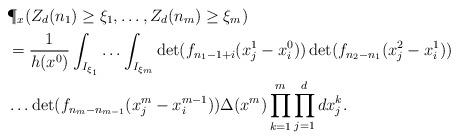
LaTeX: \begin{align*}& \P_x(Z_d(n_1) \geq \xi_1, \ldots, Z_d(n_m) \geq \xi_m) \\& = \frac{1}{h(x^0)}\int_{I_{\xi_1}} \ldots \int_{I_{\xi_m}}\det(f_{n_1-1+i}(x_j^1 - x_i^0))\det(f_{n_2 - n_1}(x_j^2 - x_i^1)) \\& \ldots \det(f_{n_m - n_{m-1}}(x_j^m - x_i^{m-1})) \Delta(x^m) \prod_{k=1}^m \prod_{j=1}^d dx_j^k. \end{align*}